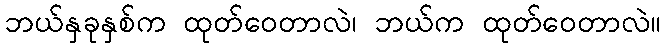
ဘယ်နှခုနှစ်က ထုတ်ဝေတာလဲ၊ ဘယ်က ထုတ်ဝေတာလဲ။